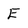
Character: E